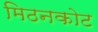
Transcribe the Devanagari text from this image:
मिठनकोट